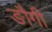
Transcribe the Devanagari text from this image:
ङौगी